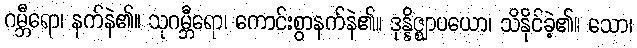
ဂမ္ဘီရော၊ နက်နဲ၏။ သုဂမ္ဘီရော၊ ကောင်းစွာနက်နဲ၏။ ဒုန္နိဇ္ဈာပယော၊ သိနိုင်ခဲ့၏။ သော၊